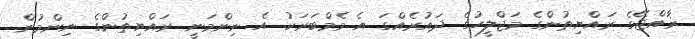
ޜާއްޖޭގެ ރައްޔިތުންގެ މަޖްލީހުގެ ދައުރެއްގަ އެ މެމްބަރަކު އެ ނިންމަނީ ރައްޔިތުންގެ ނިންމުން.